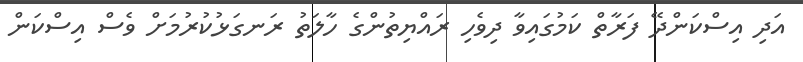
އަދި އިސްކަންދޭ ފަރާތް ކަމުގައިވާ ދިވެހި ރައްޔިތުންގެ ހާލަތު ރަނގަޅުކުރުމަށް ވެސް އިސްކަން